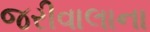
જરીવાલાના